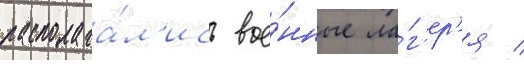
располага́л'ись вое́нные ла́г'ер'я /